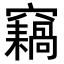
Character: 𥨸